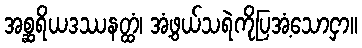
အစ္ဆရိယဒဿနတ္ထံ၊ အံ့ဖွယ်သရဲကိုပြအံ့သောငှာ။